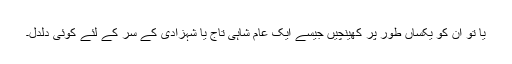
یا تو ان کو یکساں طور پر کھینچیں جیسے ایک عام شاہی تاج یا شہزادی کے سر کے لئے کوئی دلدل۔